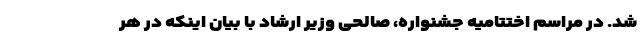
شد. در مراسم اختتامیه جشنواره، صالحی وزیر ارشاد با بیان اینکه در هر